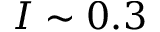
I \sim 0 . 3